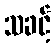
သခင့်